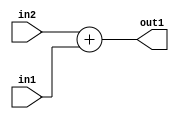
`timescale 1ps / 1ps
/*****************************************************************************
    Verilog RTL Description
    
    
    Created by: CellMath Designer 2019.1.01 
*******************************************************************************/

module DFT_compute_Add_2Ux1U_2U_0 (
	in2,
	in1,
	out1
	); /* architecture "behavioural" */ 
input [1:0] in2;
input  in1;
output [1:0] out1;
wire [1:0] asc001;

assign asc001 = 
	+(in2)
	+(in1);

assign out1 = asc001;
endmodule

/* CADENCE  urnyTQg= : u9/ySgnWtBlWxVPRXgAZ4Og= ** DO NOT EDIT THIS LINE ******/